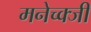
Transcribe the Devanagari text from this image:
मनेच्क्जी